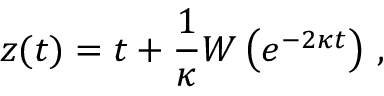
z ( t ) = t + \frac { 1 } { \kappa } W \left( e ^ { - 2 \kappa t } \right) \, ,